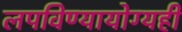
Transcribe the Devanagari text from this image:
लपविण्यायोग्यही